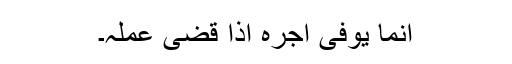
انما یوفی اجرہ اذا قضی عملہ۔